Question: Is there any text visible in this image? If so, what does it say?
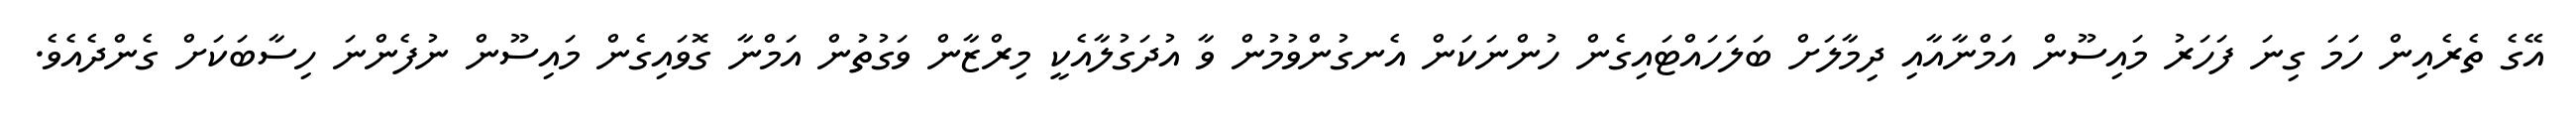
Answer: އޭގެ ތެރެއިން ހަމަ ގިނަ ފަހަރު މައިސޫން އަމްނާއާއި ދިމާލަށް ބަލަހައްޓައިގެން ހުންނަކަން އެނގުންވުމުން ވާ އުދަގުލާއެކީ މިރްޒާން ވަގުތުން އަމްނާ ގޮވައިގެން މައިސޫން ނުފެންނަ ހިސާބަކަށް ގެންދެއެވެ.